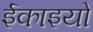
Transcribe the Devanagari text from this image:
ईकाइयो